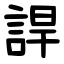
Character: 䛞